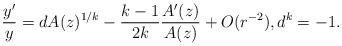
LaTeX: \begin{align*}\frac{y'}{y}=dA(z)^{1/k}-\frac{k-1}{2k}\frac{A'(z)}{A(z)}+O(r^{-2}), d^k=-1.\end{align*}